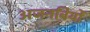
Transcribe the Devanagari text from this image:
अजनबियों